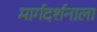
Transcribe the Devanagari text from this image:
मार्गदर्शनाला